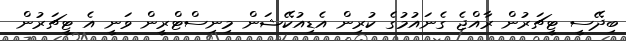
ބިދޭސީ ޓީޗަރުން ރާއްޖެ ގެނައުމުގެ ކުރިން އެޑިއުކޭޝަން މިނިސްޓްރީން ވަނީ އެ ޓީޗަރުން